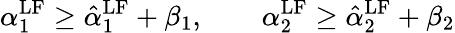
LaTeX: \alpha_{1}^{\mathrm{{LF}}}\geq\hat{\alpha}_{1}^{\mathrm{{LF}}}+\beta_{1},\qquad\alpha_{2}^{\mathrm{{LF}}}\geq\hat{\alpha}_{2}^{\mathrm{{LF}}}+\beta_{2}